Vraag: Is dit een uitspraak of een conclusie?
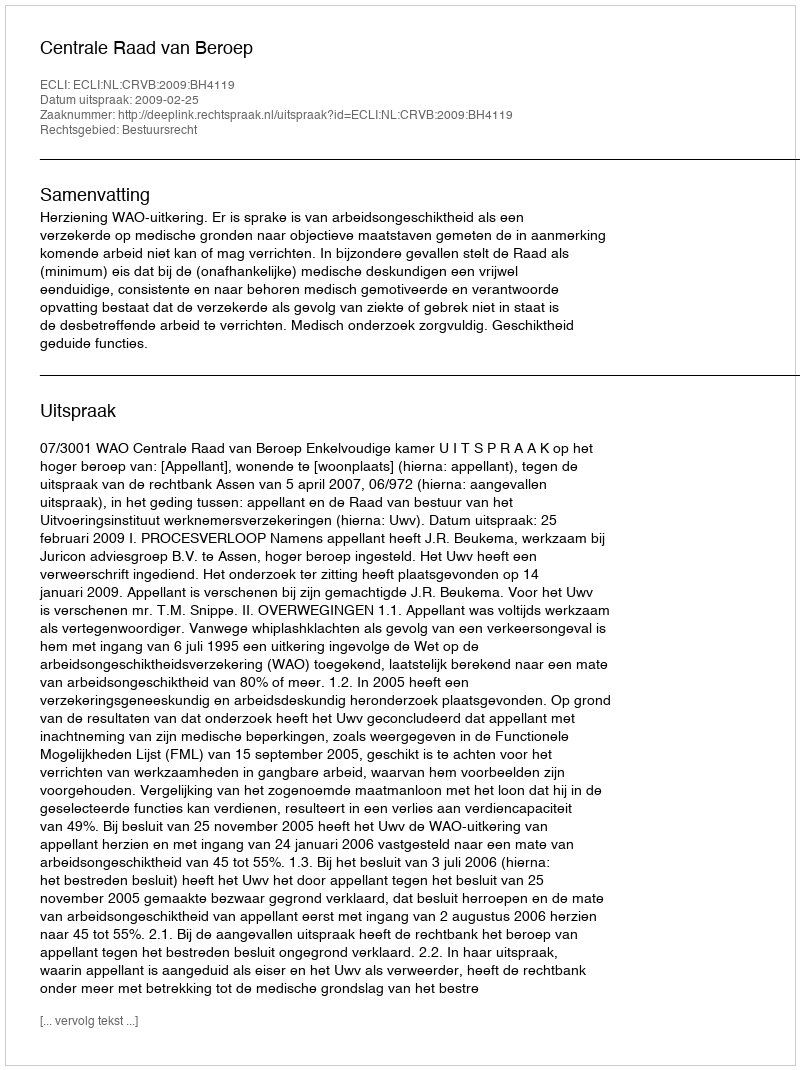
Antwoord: Uitspraak